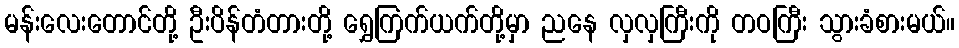
မန်းလေးတောင်တို့ ဦးပိန်တံတားတို့ ရွှေကြက်ယက်တို့မှာ ညနေ လှလှကြီးကို တဝကြီး သွားခံစားမယ်။